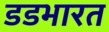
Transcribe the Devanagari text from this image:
डडभारत